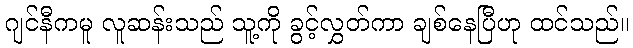
ဂျင်နီကမူ လူဆန်းသည် သူ့ကို ခွင့်လွှတ်ကာ ချစ်နေပြီဟု ထင်သည်။